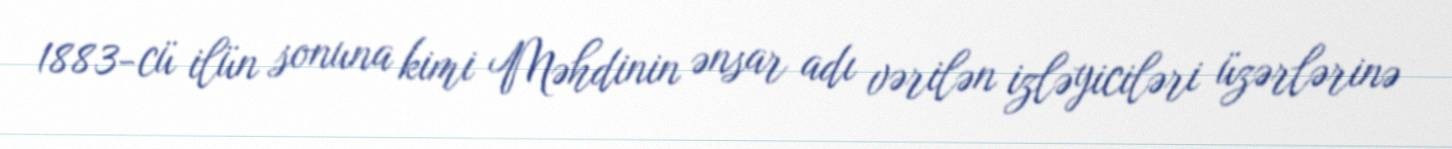
1883-cü ilün sonuna kimi Məhdinin ənsar adı vərilən izləyiciləri üzərlərinə